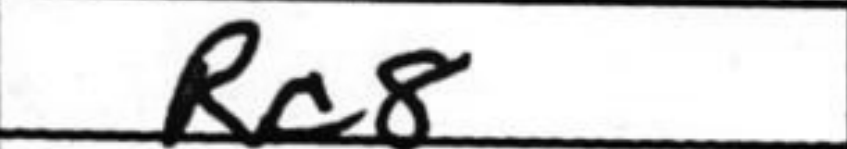
Transcription: Rc8